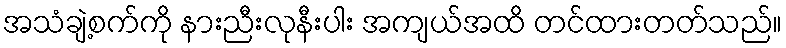
အသံချဲ့စက်ကို နားညီးလုနီးပါး အကျယ်အထိ တင်ထားတတ်သည်။